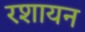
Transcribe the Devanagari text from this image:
रशायन